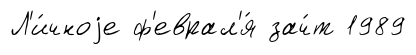
Л'и́чноjе ф'еврал'я́ зач́т 1989